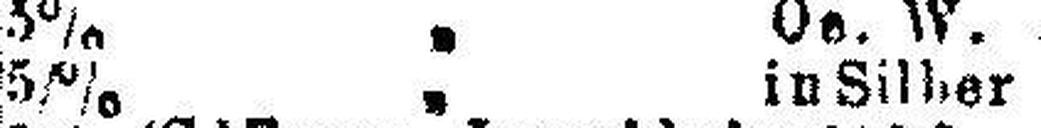
5% „ in Silber